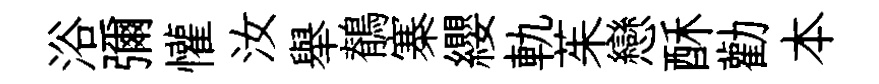
浴彌懽汝舉鶺寨纓軌茱戀酥勸本